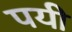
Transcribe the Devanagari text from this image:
पयी